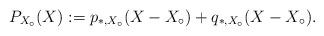
LaTeX: \begin{align*}P_{X_\circ}(X) := p_{\ast,X_\circ}(X-X_\circ) + q_{\ast,X_\circ}(X-X_\circ).\end{align*}